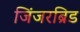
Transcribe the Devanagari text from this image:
जिंजरब्रिड